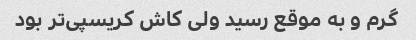
گرم و به موقع رسید ولی کاش کریسپی‌تر بود